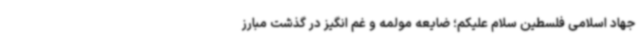
جهاد اسلامی فلسطین سلام علیکم؛ ضایعه مولمه و غم انگیز در گذشت مبارز